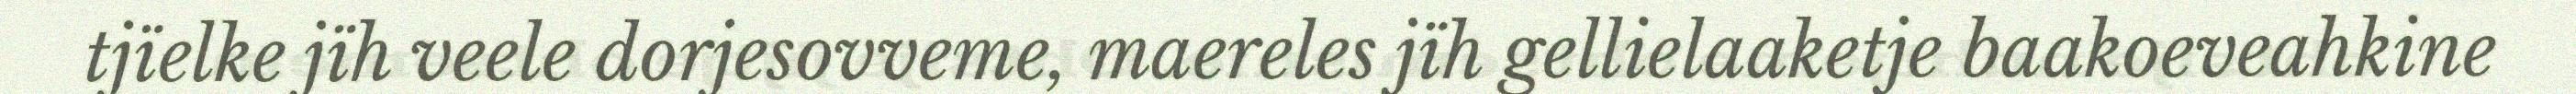
tjïelke jïh veele dorjesovveme, maereles jïh gellielaaketje baakoeveahkine